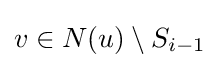
v\in N(u)\setminus S_{i-1}